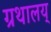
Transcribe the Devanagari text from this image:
ग्रथालय्